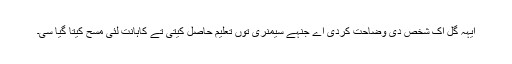
ایہہ گل اِک شخص دی وضاحت کردی اے جنہے سیمنری توں تعلیم حاصل کیتی تے کاہانت لئی مسح کیتا گیا سی۔